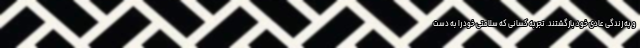
و به زندگی عادی خود بازگشتند. تجربه کسانی که سلامتی خود را به دست